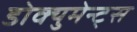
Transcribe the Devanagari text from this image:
डोक्युमेन्ट्स